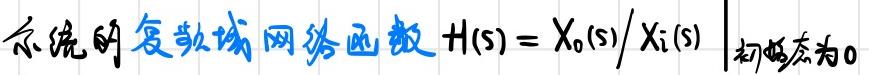
系统的复数域网络函数 $H(s)=X_o(s)/X_i(s)$  初始态为0